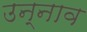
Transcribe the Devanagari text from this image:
उन्‍नाव